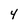
Character: 4